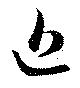
近